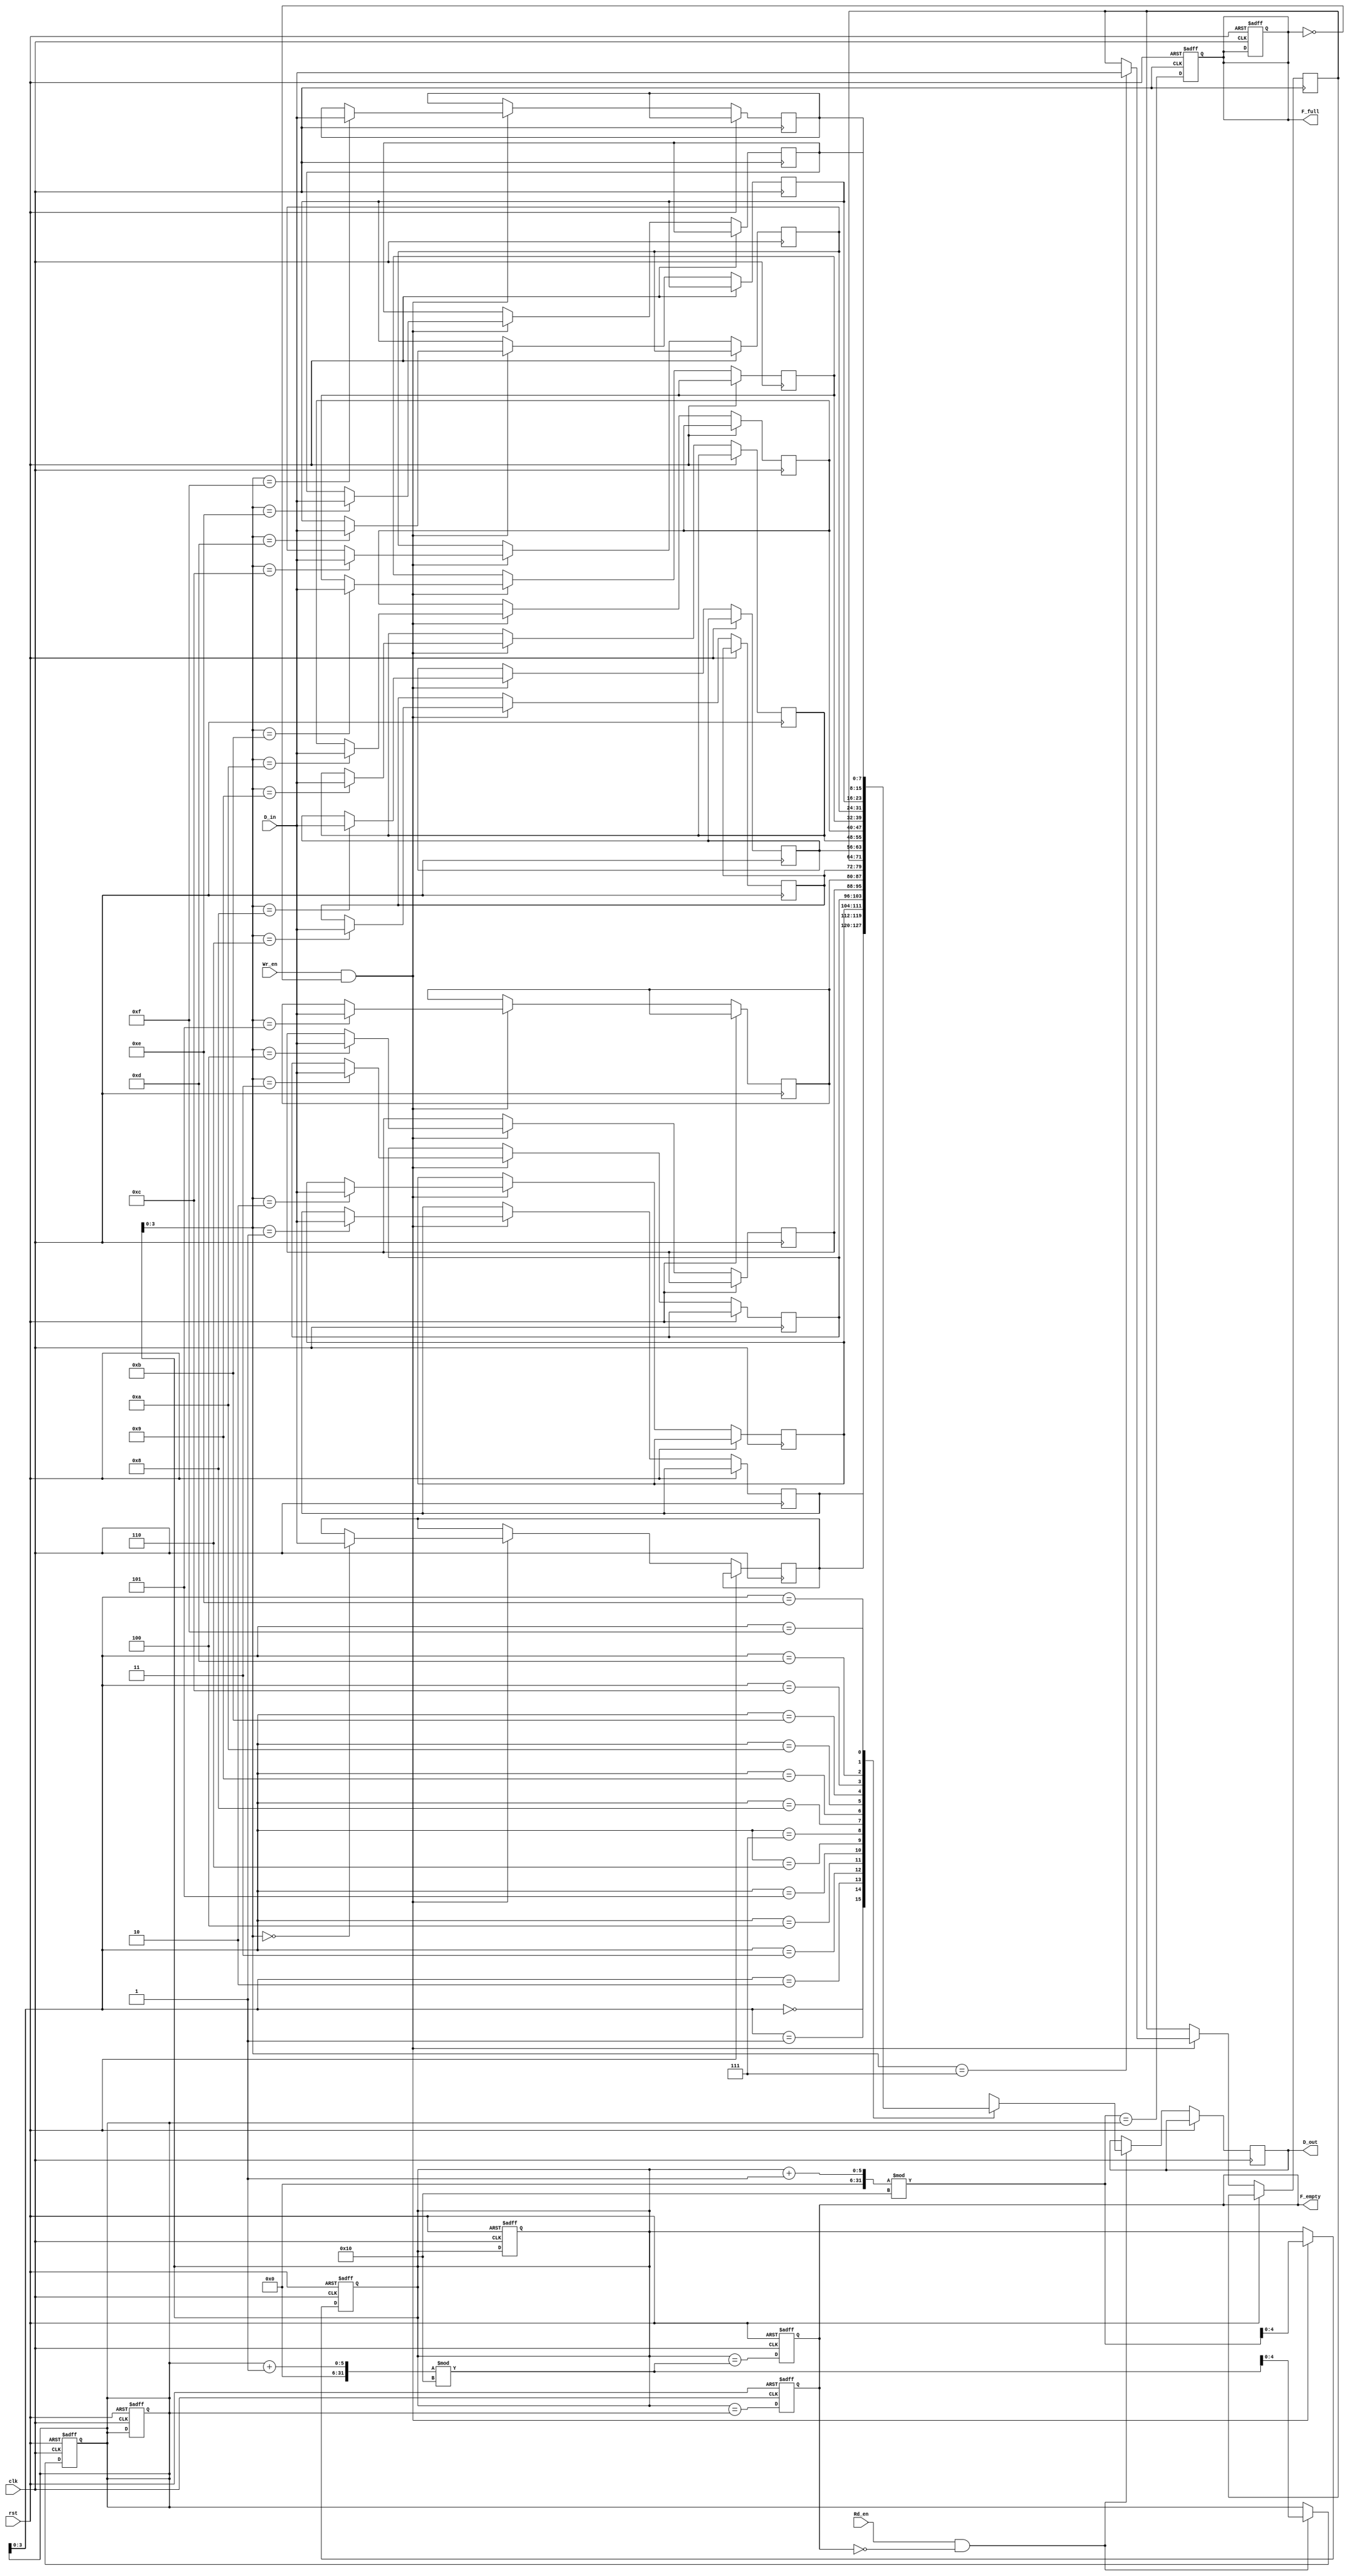
module fifo_sram #(
    parameter DEPTH = 16,      // Depth of the FIFO
    parameter WIDTH = 8        // Width of each entry (in bits)
)(
    input wire clk,            // Clock signal
    input wire rst,            // Reset signal
    input wire [WIDTH-1:0] D_in, // Data input
    input wire Wr_en,          // Write enable
    input wire Rd_en,          // Read enable
    output reg [WIDTH-1:0] D_out, // Data output
    output reg F_full,         // Full flag
    output reg F_empty         // Empty flag
);

    // Declare memory array
    reg [WIDTH-1:0] mem [0:DEPTH-1];

    // Pointer registers
    reg [4:0] WPtr; // Write pointer
    reg [4:0] RPtr; // Read pointer

    // Initial conditions
    initial begin
        WPtr = 0;
        RPtr = 0;
        F_full = 0;
        F_empty = 1; // FIFO starts empty
    end

    // Write operation
    always @(posedge clk or posedge rst) begin
        if (rst) begin
            WPtr <= 0;
            RPtr <= 0;
            F_full <= 0;
            F_empty <= 1;
        end else begin
            if (Wr_en && !F_full) begin
                mem[WPtr] <= D_in; // Write data to the FIFO
                WPtr <= (WPtr + 1) % DEPTH; // Increment and wrap around
            end
            
            // Update full flag
            F_full <= (WPtr + 1) % DEPTH == RPtr;
            // Update empty flag
            F_empty <= (WPtr == RPtr);
        end
    end

    // Read operation
    always @(posedge clk or posedge rst) begin
        if (rst) begin
            WPtr <= 0;
            RPtr <= 0;
            F_full <= 0;
            F_empty <= 1;
        end else begin
            if (Rd_en && !F_empty) begin
                D_out <= mem[RPtr]; // Read data from the FIFO
                RPtr <= (RPtr + 1) % DEPTH; // Increment and wrap around
            end
            
            // Update empty flag
            F_empty <= (WPtr == (RPtr + 1) % DEPTH);
        end
    end

endmodule